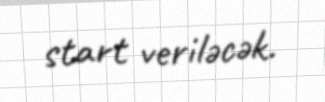
start veriləcək.